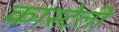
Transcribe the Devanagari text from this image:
कास्टेली